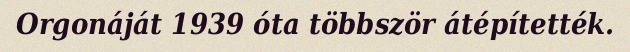
Orgonáját 1939 óta többször átépítették.